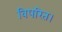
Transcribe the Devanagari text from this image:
विपरित।